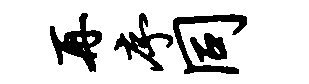
再序同